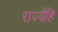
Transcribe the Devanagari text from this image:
राज्येंहि